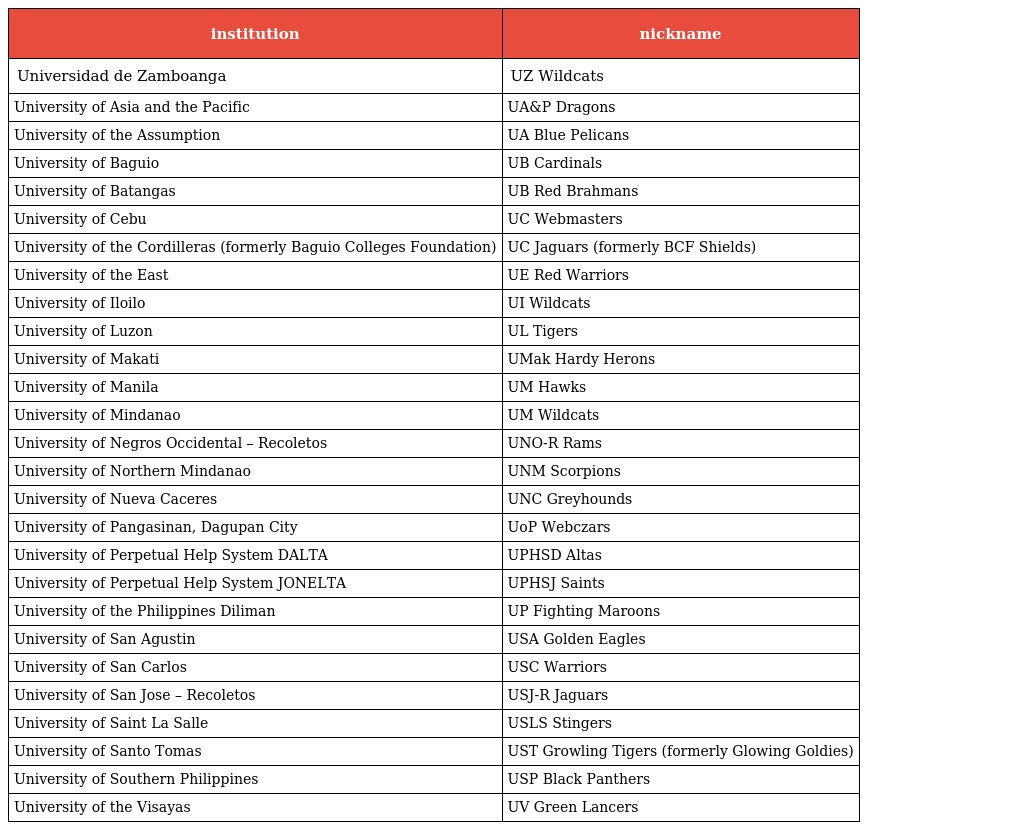
| institution | nickname |
 | --- | --- |
 | Universidad de Zamboanga | UZ Wildcats |
 | University of Asia and the Pacific | UA&P Dragons |
 | University of the Assumption | UA Blue Pelicans |
 | University of Baguio | UB Cardinals |
 | University of Batangas | UB Red Brahmans |
 | University of Cebu | UC Webmasters |
 | University of the Cordilleras (formerly Baguio Colleges Foundation) | UC Jaguars (formerly BCF Shields) |
 | University of the East | UE Red Warriors |
 | University of Iloilo | UI Wildcats |
 | University of Luzon | UL Tigers |
 | University of Makati | UMak Hardy Herons |
 | University of Manila | UM Hawks |
 | University of Mindanao | UM Wildcats |
 | University of Negros Occidental – Recoletos | UNO-R Rams |
 | University of Northern Mindanao | UNM Scorpions |
 | University of Nueva Caceres | UNC Greyhounds |
 | University of Pangasinan, Dagupan City | UoP Webczars |
 | University of Perpetual Help System DALTA | UPHSD Altas |
 | University of Perpetual Help System JONELTA | UPHSJ Saints |
 | University of the Philippines Diliman | UP Fighting Maroons |
 | University of San Agustin | USA Golden Eagles |
 | University of San Carlos | USC Warriors |
 | University of San Jose – Recoletos | USJ-R Jaguars |
 | University of Saint La Salle | USLS Stingers |
 | University of Santo Tomas | UST Growling Tigers (formerly Glowing Goldies) |
 | University of Southern Philippines | USP Black Panthers |
 | University of the Visayas | UV Green Lancers |